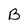
Character: B